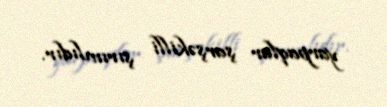
yarpaqlar şarşəkilli şırımlıdır.